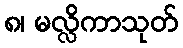
၈၊ မလ္လိကာသုတ်